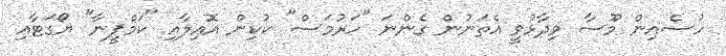
ހުސެއިން މޫސާ ވިދާޅުވީ އެތަނުން ގެންނަ "ހަރުމަސް" ކުކިން އޮއިލާއި "ކަމްޕީނާ" ޔޯގަޓާއި